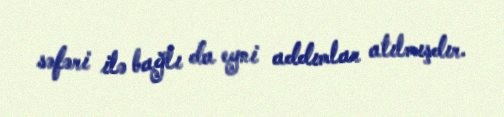
səfəri ilə bağlı da eyni addımlar atılmışdır.